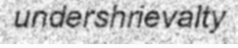
undershrievalty